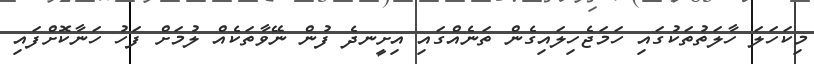
މިކަހަލަ ހާލަތުތަކުގައި ހަމަޖެހިލައިގެން ތަނެއްގައި އިށީނދެ ފުން ނޭވާތަކެއް ލުމަށް ފަހު ހަނާކޮށްފައި